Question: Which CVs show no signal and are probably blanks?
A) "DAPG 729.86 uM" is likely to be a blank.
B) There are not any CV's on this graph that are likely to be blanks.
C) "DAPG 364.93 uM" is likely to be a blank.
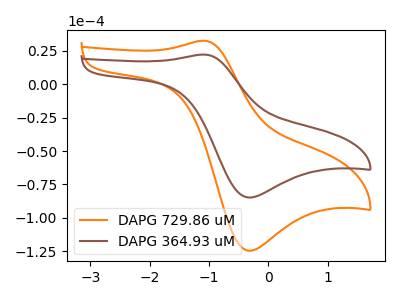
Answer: <think>The orange curve "DAPG 729.86 uM" has an anodic peak at (-1.10V, 32.45uA) and a cathodic peak at (-0.35V, -124.50uA). The brown curve "DAPG 364.93 uM" has an anodic peak at (-1.10V, 22.10uA) and a cathodic peak at (-0.35V, -84.75uA).</think>
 <answer>B) There are not any CV's on this graph that are likely to be blanks.</answer>
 <eval>B</eval>